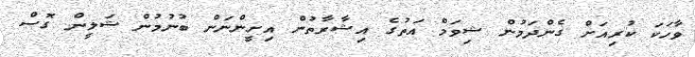
ވާހަކަ ކުރިއަށް ގެންދަމުން ޝިވަމް އަތުގެ އިޝާރާތުން އިށީންނަން ބުނުމުން ޝަލީން ގޮސް